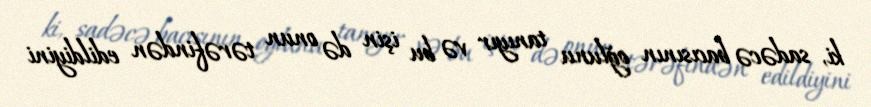
ki, sadəcə bacısının oğlunu tanıyır və bu işin də onun tərəfindən edildiyini